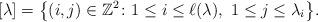
LaTeX: \begin{gather*}[\lambda] = \big\{ (i,j) \in \mathbb{Z}^2 \colon 1\leq i \leq \ell(\lambda),\ 1 \leq j \leq \lambda_i \big\}.\end{gather*}